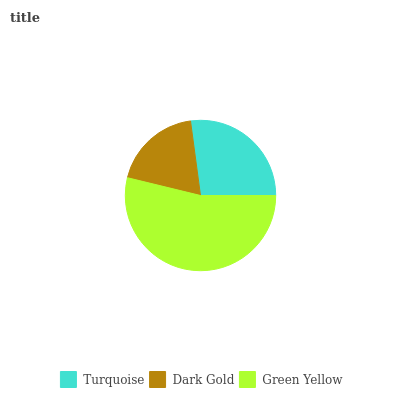
| Turquoise | Dark Gold | Green Yellow |
 | --- | --- | --- |
 | 27.1% | 19.1% | 53.8% |